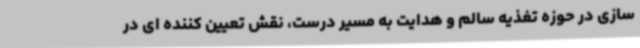
سازی در حوزه تغذیه سالم و هدایت به مسیر درست، نقش تعیین کننده ای در